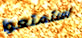
استمتعوا